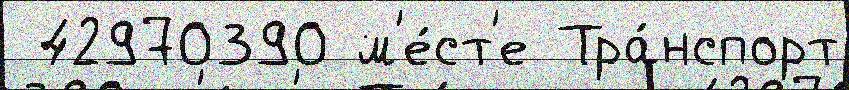
 42970390 м'е́ст'е Тра́нспорт